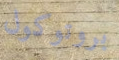
بروتوكول